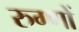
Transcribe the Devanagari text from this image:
रुग्णों